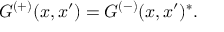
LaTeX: G ^ { ( + ) } ( x , x ^ { \prime } ) = G ^ { ( - ) } ( x , x ^ { \prime } ) ^ { * } .